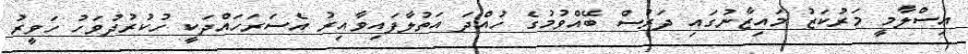
އިސްލާމީ މަރުކަޒު މައިޒާނުގައި ދަރުސް ބޭއްވުމުގެ ހުއްދަ އަތުލާފައިވާއިރު އެސަރަހައްދަކީ ހުކުރުދުވަހު ހަވީރު